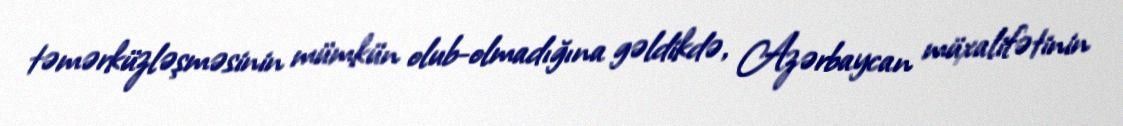
təmərküzləşməsinin mümkün olub-olmadığına gəldikdə, Azərbaycan müxalifətinin